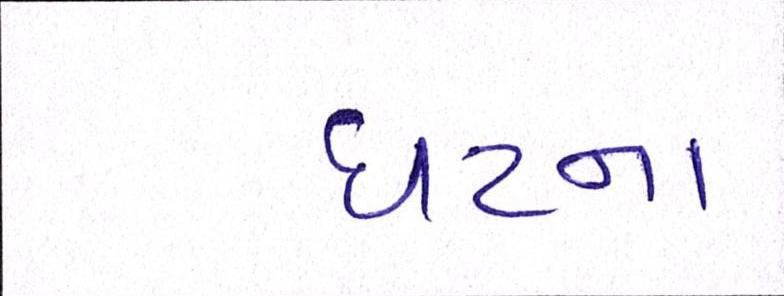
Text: ઘટના